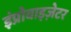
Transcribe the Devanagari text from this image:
इंप्रोवाइज़ेटर